Report on vaccination in Madras 1922-1929 - 1922-1929
Year: 1922
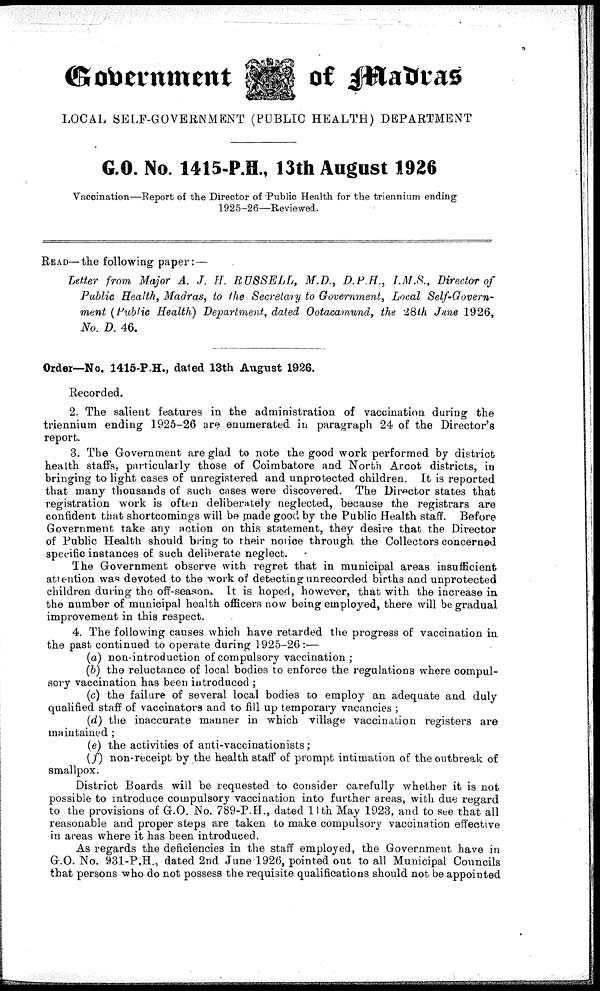
Government
of madras
LOCAL SELF-GOVERNMENT (PUBLIC HEALTH) DEPARTMENT
G.O. No. 1415-P.H., 13th August 1926
Vaccination—Report of the Director of Public Health for the triennium ending
1925-26—Reviewed.
READ—the following paper:—
Letter from Major A. J. H. BUSSELL, M.D., D.P.H., I.M.S., Director of
Public Health, Madras, to the Secretary to Government, Local Self-Govern-
ment (Public Health) Department, dated Ootacamund, the 28th June 1926,
No. D. 46.
Order—No. 1415-P.H., dated 13th August 1926.
Recorded.
2. The salient features in the administration of vaccination during the
triennium ending 1925-26 are enumerated in paragraph 24 of the Director's
report.
3. The Government are glad to note the good work performed by district
health staffs, particularly those of Coimbatore and North Arcot districts, in
bringing to light cases of unregistered and unprotected children. It is reported
that many thousands of such cases were discovered. The Director states that
registration work is often deliberately neglected, because the registrars are
confident that shortcomings will be made good by the Public Health staff. Before
Government take any action on this statement, they desire that the Director
of Public Health should bring to their notice through the Collectors concerned
specific instances of such deliberate neglect.
The Government observe with regret that in municipal areas insufficient
attention was devoted to the work of detecting unrecorded births and unprotected
children during the off-season. It is hoped, however, that with the increase in
the number of municipal health officers now being employed, there will be gradual
improvement in this respect.
4. The following causes which have retarded the progress of vaccination in
the past continued to operate during 1925-26:—
(a) non-introduction of compulsory vaccination ;
(b) the reluctance of local bodies to enforce the regulations where compul-
sory vaccination has been introduced ;
(c) the failure of several local bodies to employ an adequate and duly
qualified staff of vaccinators and to fill up temporary vacancies ;
(d) the inaccurate manner in which village vaccination registers are
maintained;
(e) the activities of anti-vaccinationists;
(f) non-receipt by the health staff of prompt intimation of the outbreak of
smallpox.
District Boards will be requested to consider carefully whether it is not
possible to introduce compulsory vaccination into further areas, with due regard
to the provisions of G.O. No. 789-P.H., dated 11th May 1923, and to see that all
reasonable and proper steps are taken to make compulsory vaccination effective
in areas where it has been introduced.
As regards the deficiencies in the staff employed, the Government have in
G.O. No. 931-P.H., dated 2nd June 1926, pointed out to all Municipal Councils
that persons who do not possess the requisite qualifications should not be appointed